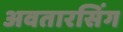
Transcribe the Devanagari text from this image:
अवतारसिंग